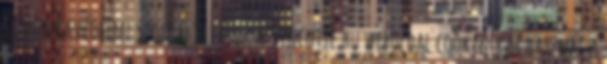
és munkavédelmi szolgáltatások A vincotte.hu web­ol­dal co­o­kie-kat hasz­nál a